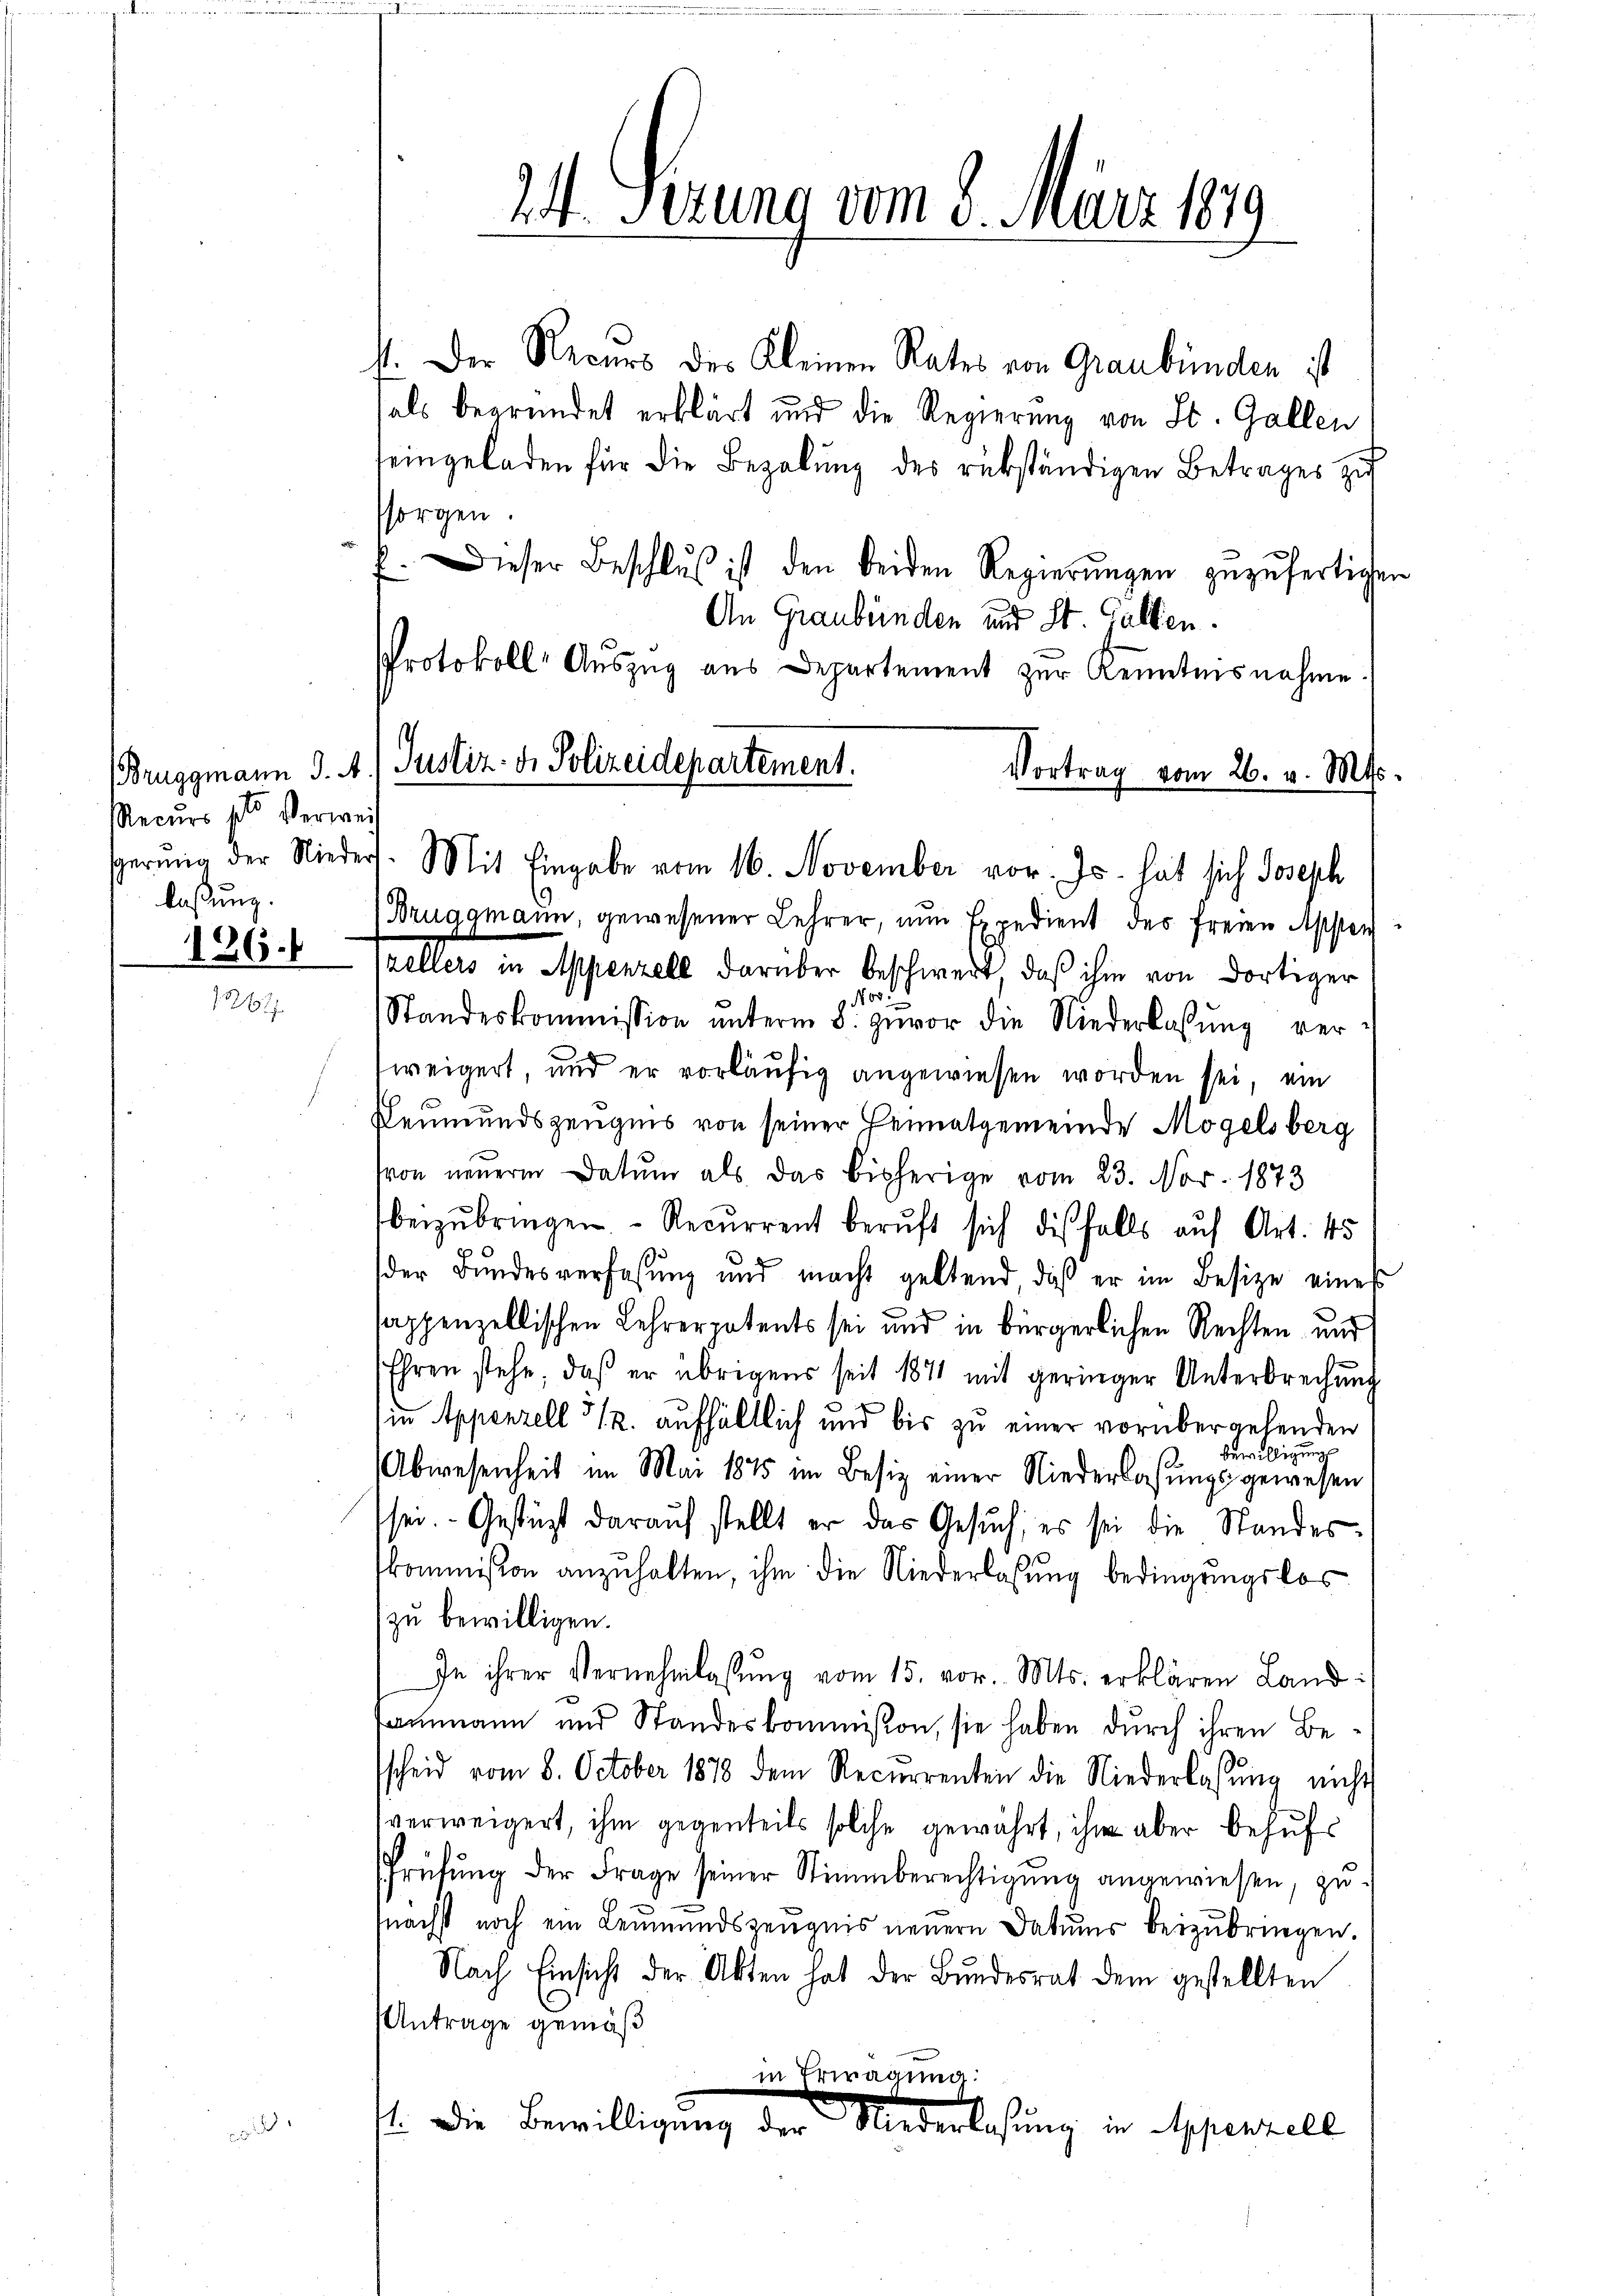
Recurs pto Verwei
laßung.
126.

24. Serung vom 8. März 1879

1. Der Recurs des Kleinen Rates von Graubünden ist
als begründet erklärt und die Regierung von St. Gallen
seingeladen für die Bezalung des rükständigen Betrages zu
sorgen
Dieser Beschlŭs ist den beiden Regierŭngen zuzufertigen
.
An Graubünden und St. Gallen.
PProtokoll-Auszug aus Departement zur Kenntnisnahme.
Vortrag vom 26. v. Mts.
(Bruggmann, gewesener Lehrer, nun Expedient des freien Appen
zellers in Appenzell darüber beschwert, daß ihm von dortiger
Nov.
Standeskommission ŭnterm 8. zuvor die Niederlassŭng verweigert, und er vorläufig angewiesen worden sei, ein
Leumundszeugnis von seiner Heimatgemeinde Mögelsberg
von neuerm Datum als das bisherige vom 23. Nov. 1873
erzŭbringen. Recurrent beruft sich diesfalls auf Art. 45
der Bundesverfassung und macht geltend, daß er im Besize eines
sappenzellischen Lehrerpatents sei und in bürgerlichen Rechten und
Ehren stehe, daß er übrigens seit 1871 mit geringer Unterbrechung
in Appenzell 312. aufhältlich und bis zu einer vorübergehenden
bewilligun
Abwesenheit im Mai 1875 im Besiz einer Niederlassungsgewesen
sei. Gestüzt darauf stellt er das Gesŭch, es sei die Standes.
kommission anzuhalten, ihm die Niederlassung bedingungslos
zu bewilligen.
In ihrer Vernehmlassung vom 15. vor. Mts. erklären Land¬
Ammann und Standeskommission, sie haben durch ihren Bescheid vom 8. October 1878 dem Recurrenten die Niederlassŭng nicht
verweigert, ihm gegenteils solche gewährt, ihm aber behufs
Prüfung der Frage seiner Stimmberechtigung angewiesen, zu
nächst noch ein Leumundszeugnis neuern Datums beizubringen.
Nach Einsicht der Akten hat der Bundesrat dem gestellten
Antrage gemäß
in Erwägung:
1. Die Bewilligung der Niederlesung in Appenzell

Bruggmann J. A.) Justiz- & Polizeidepartement.
sgerung der Nieders. Mit Eingabe vom 16. November vor. Js. hat sich Joseph